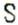
S